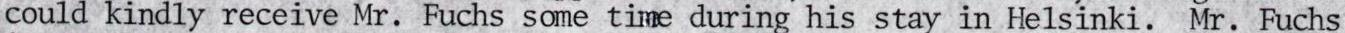
could kindly receive Mr. Fuchs some time during his stay in Helsinki. Mr. Fuchs